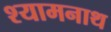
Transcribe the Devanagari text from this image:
श्यामनाथ